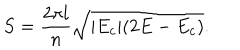
S = \frac { 2 \pi l } { n } \sqrt { | E _ { c } | ( 2 E - E _ { c } ) } .